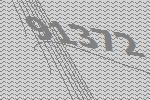
91372